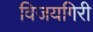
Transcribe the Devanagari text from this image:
विजयगिरी